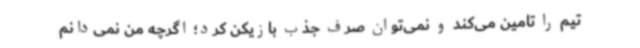
تیم را تامین می‌کند و نمی‌توان صرف جذب بازیکن کرد؛ اگرچه من نمی‌دانم